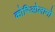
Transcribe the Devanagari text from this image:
कोरिओलानो